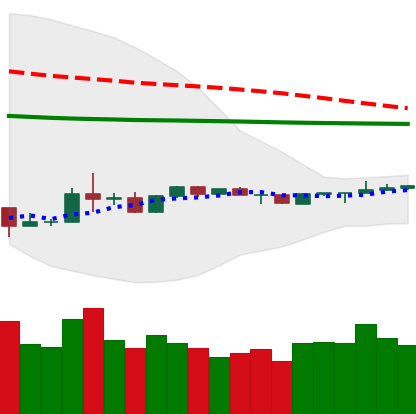
Ticker: LTC-USD
Chart end date: 2020-04-04
Forward return: 14.036%
Label: up_7plus